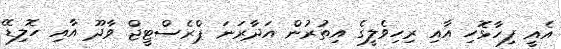
އެއީ ފިހާޅޮހި އާއި ރިހިވެލީގެ އިތުރުން އަދާރަނަ ޕްރެސްޓީޖް ވާދޫ އާއި ހޮލިޑޭ